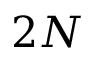
2 N